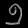
Digit: ၅